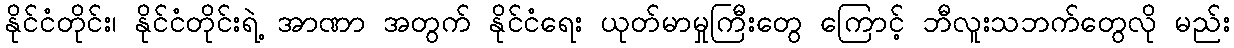
နိုင်ငံတိုင်း၊ နိုင်ငံတိုင်းရဲ့ အာဏာ အတွက် နိုင်ငံရေး ယုတ်မာမှုကြီးတွေ ကြောင့် ဘီလူးသဘက်တွေလို မည်း